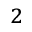
^ 2